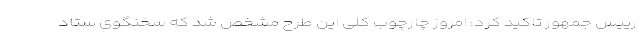
رییس جمهور تاکید کرد: امروز چارچوب کلی این طرح مشخص شد که سخنگوی ستاد